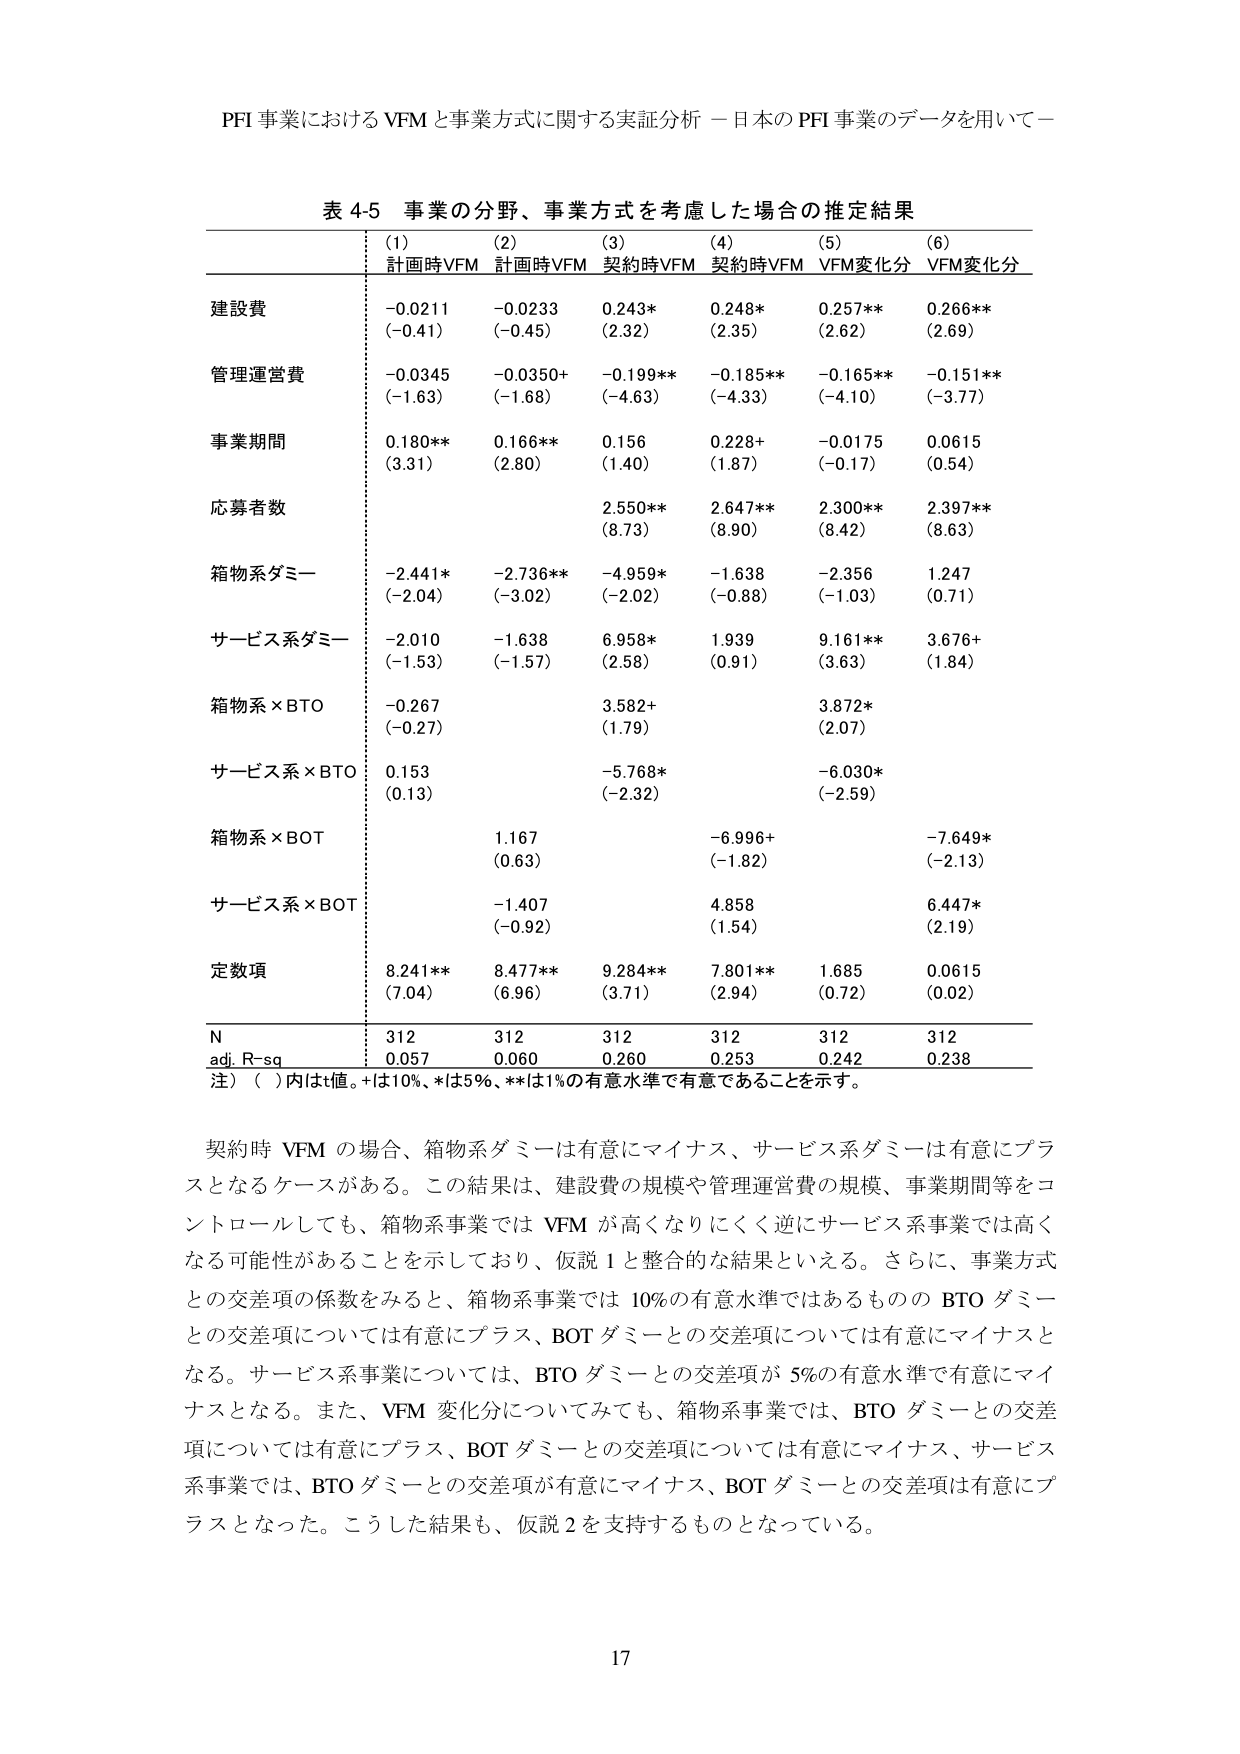
PFI 事業における VFM と事業方式に関する実証分析 －日本の PFI 事業のデータを用いて－

表 4-5 事業の分野、事業方式を考慮した場合の推定結果

(1) (2) (3) (4) (5) (6)
計画時VFM 計画時VFM 契約時VFM 契約時VFM VFM変化分 VFM変化分

建設費
-0.0211 (-0.41) -0.0233 (-0.45) 0.243* (2.32) 0.248* (2.35) 0.257** (2.62) 0.266** (2.69)

管理運営費
-0.0345 (-1.63) -0.0350+ (-1.68) -0.199** (-4.63) -0.185** (-4.33) -0.165** (-4.10) -0.151** (-3.77)

事業期間
0.180** (3.31) 0.166** (2.80) 0.156 (1.40) 0.228+ (1.87) -0.0175 (-0.17) 0.0615 (0.54)

応募者数
2.550** (8.73) 2.647** (8.90) 2.300** (8.42) 2.397** (8.63)

箱物系ダミー
-2.441* (-2.04) -2.736** (-3.02) -4.959* (-2.02) -1.638 (-0.88) -2.356 (-1.03) 1.247 (0.71)

サービス系ダミー
-2.010 (-1.53) -1.638 (-1.57) 6.958* (2.58) 1.939 (0.91) 9.161** (3.63) 3.676+ (1.84)

箱物系×BTO
-0.267 (-0.27) 3.582+ (1.79) 3.872* (2.07)

サービス系×BTO
0.153 (0.13) -5.768* (-2.32) -6.030* (-2.59)

箱物系×BOT
1.167 (0.63) -6.996+ (-1.82) -7.649* (-2.13)

サービス系×BOT
-1.407 (-0.92) 4.858 (1.54) 6.447* (2.19)

定数項
8.241** (7.04) 8.477** (6.96) 9.284** (3.71) 7.801** (2.94) 1.685 (0.72) 0.0615 (0.02)

N
312 312 312 312 312 312

adj. R-sq
0.057 0.060 0.260 0.253 0.242 0.238

注）（ ）内はt値。+は10%、*は5%、**は1%の有意水準で有意であることを示す。

契約時 VFM の場合、箱物系ダミーは有意にマイナス、サービス系ダミーは有意にプラスとなるケースがある。この結果は、建設費の規模や管理運営費の規模、事業期間等をコントロールしても、箱物系事業では VFM が高くなりにくく逆にサービス系事業では高くなる可能性があることを示しており、仮説 1 と整合的な結果といえる。さらに、事業方式との交差項の係数をみると、箱物系事業では 10%の有意水準ではあるものの BTO ダミーとの交差項については有意にプラス、BOT ダミーとの交差項については有意にマイナスとなる。サービス系事業については、BTO ダミーとの交差項が 5%の有意水準で有意にマイナスとなる。また、VFM 変化分についてみても、箱物系事業では、BTO ダミーとの交差項については有意にプラス、BOT ダミーとの交差項については有意にマイナス、サービス系事業では、BTO ダミーとの交差項が有意にマイナス、BOT ダミーとの交差項は有意にプラスとなった。こうした結果も、仮説 2 を支持するものとなっている。

17